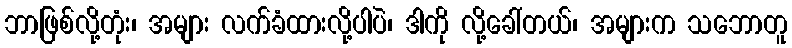
ဘာဖြစ်လို့တုံး၊ အများ လက်ခံထားလို့ပါပဲ၊ ဒါကို လို့ခေါ်တယ်၊ အများက သဘောတူ